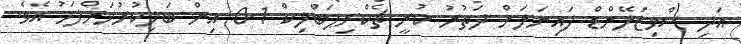
އަދި ސްވިޒަލޭންޑް ފައިނަލަށް ދަތުރު ކުރީ ޗެކްރިޕަބްލިކް 1-0 އިން ބަލިކުރުމަށްފަހު އެވެ.